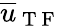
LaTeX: \overline{{u}}_{\mathrm{~T~F~}}